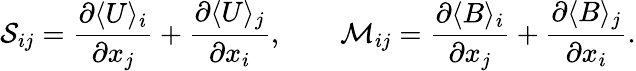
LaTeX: \mathcal{S}_{ij}=\frac{\partial\langle U\rangle_{i}}{\partial x_{j}}+\frac{\partial\langle U\rangle_{j}}{\partial x_{i}},\qquad\mathcal{M}_{ij}=\frac{\partial\langle B\rangle_{i}}{\partial x_{j}}+\frac{\partial\langle B\rangle_{j}}{\partial x_{i}}.